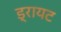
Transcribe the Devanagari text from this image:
ड्रायट